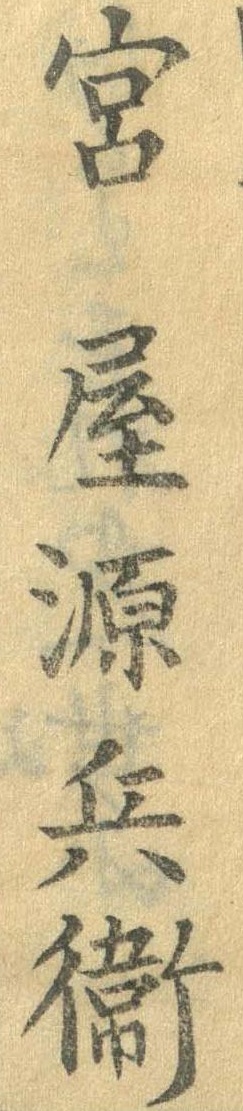
宮屋源兵衛